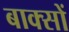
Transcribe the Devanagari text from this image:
बाक्सों